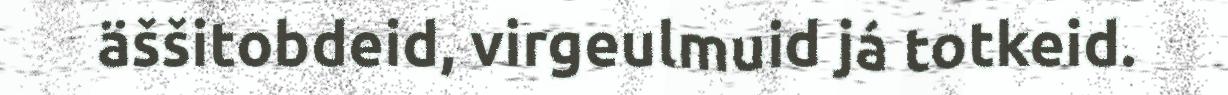
äššitobdeid, virgeulmuid já totkeid.